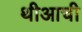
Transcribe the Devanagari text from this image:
थीआची